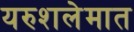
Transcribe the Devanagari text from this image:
यरुशलेमात